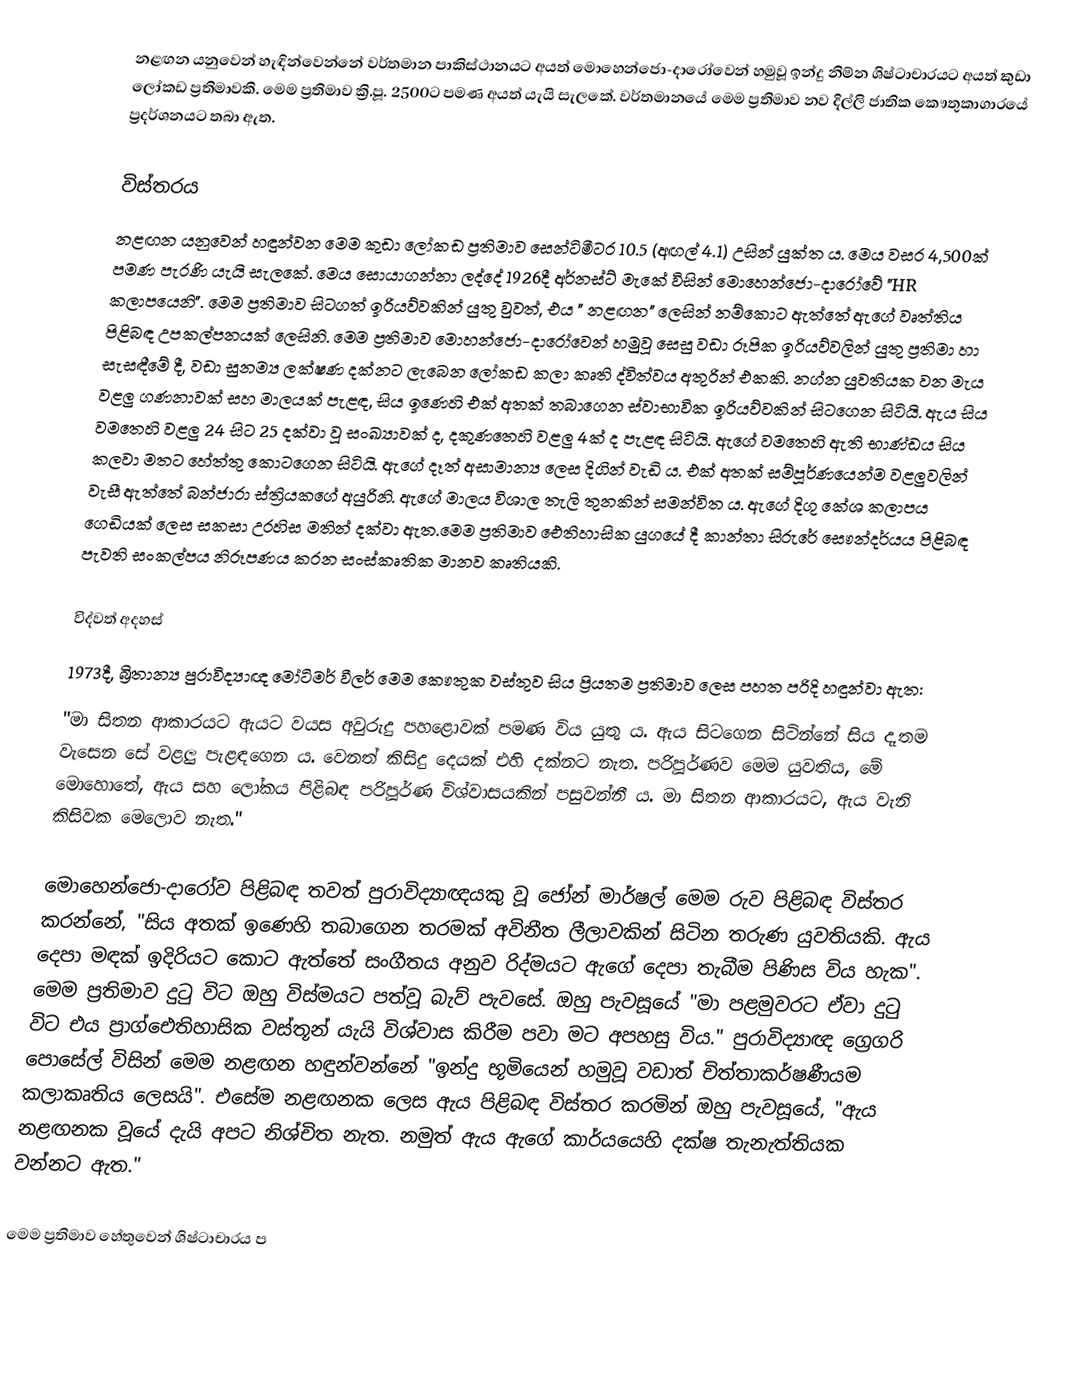
නළඟන යනුවෙන් හැඳින්වෙන්නේ වර්තමාන පාකිස්ථානයට අයත් මොහෙන්ජො-දාරෝවෙන් හමුවූ ඉන්දු නිම්න ශිෂ්ටාචාරයට අයත් ‍කුඩා ලෝකඩ ප්‍රතිමාවකි. මෙම ප්‍රතිමාව ක්‍රි.පූ. 2500ට පමණ අයත් යැයි සැලකේ. වර්තමානයේ මෙම ප්‍රතිමාව නව දිල්ලි ‍ජාතික කෞතුකාගාරයේ ප්‍රදර්ශනයට තබා ඇත.

විස්තරය
නළඟන යනුවෙන් හඳුන්වන මෙම කුඩා ලෝකඩ ප්‍රතිමාව සෙන්ටිමීටර 10.5 (අඟල් 4.1) උසින් යුක්ත ය. මෙය වසර 4,500ක් පමණ පැරණි යැයි සැලකේ. මෙය සොයාගන්නා ලද්දේ 1926දී අර්නස්ට් මැකේ විසින් මොහෙන්ජො-දාරෝවේ "HR කලාපයෙනි". මෙම ප්‍රතිමාව සිටගත් ඉරියව්වකින් යුතු වුවත්, එය " නළඟන" ලෙසින් නම්කොට ඇත්තේ ඇගේ වෘත්තිය පිළිබඳ උපකල්පනයක් ලෙසිනි. මෙම ප්‍රතිමාව මොහන්ජො-දාරෝවෙන් හමුවූ සෙසු වඩා රූපික ඉරියව්වලින් යුතු ප්‍රතිමා හා සැසඳීමේ දී, වඩා සුනම්‍ය ලක්ෂණ දක්නට ලැබෙන ලෝකඩ කලා කෘති ද්විත්වය අතුරින් එකකි. නග්න යුවතියක වන මැය වළලු ගණනාවක් සහ මාලයක් පැළඳ, සිය ඉණෙහි එක් අතක් තබාගෙන ස්වාභාවික ඉරියව්වකින් සිටගෙන සිටියි. ඇය සිය වමතෙහි වළලු 24 සිට 25 දක්වා වූ සංඛ්‍යාවක් ද, දකුණතෙහි වළලු 4ක් ද පැළඳ සිටියි. ඇගේ වමතෙහි ඇති භාණ්ඩය සිය කලවා මතට හේත්තු කොටගෙන සිටියි. ඇගේ දෑත් අසාමාන්‍ය ලෙස දිගින් වැඩි ය. එක් අතක් සම්පූර්ණයෙන්ම වළලුවලින් වැසී ඇත්තේ බන්ජාරා ස්ත්‍රියකගේ අයුරිනි. ඇගේ මාලය විශාල තැලි තුනකින් සමන්විත ය. ඇගේ දිගු කේශ කලාපය ගෙඩියක් ලෙස සකසා උරහිස මතින් දක්වා ඇත.මෙම ප්‍රතිමාව ඓතිහාසික යුගයේ දී කාන්තා සිරුරේ සෞන්දර්යය පිළිබඳ පැවති සංකල්පය නිරූපණය කරන සංස්කෘතික මානව කෘතියකි.

විද්වත් අදහස්
1973දී, බ්‍රිතාන්‍ය පුරාවිද්‍යාඥ මෝටිමර් වීලර් මෙම කෞතුක වස්තුව සිය ප්‍රියතම ප්‍රතිමාව ලෙස පහත පරිදි හඳුන්වා ඇත:
"මා සිතන ආකාරයට ඇයට වයස අවුරුදු පහළොවක් පමණ විය යුතු ය. ඇය සිටගෙන සිටින්නේ සිය දෑතම වැසෙන සේ වළලු පැළඳගෙන ය. වෙනත් කිසිදු දෙයක් එහි දක්නට නැත. පරිපූර්ණව මෙම යුවතිය, මේ මොහොතේ, ඇය සහ ලෝකය පිළිබඳ පරිපූර්ණ විශ්වාසයකින් පසුවන්නී ය. මා සිතන ආකාරයට, ඇය වැනි කිසිවක මෙලොව නැත."

මොහෙන්ජො-දාරෝව පිළිබඳ තවත් පුරාවිද්‍යාඥයකු වූ ජෝන් මාර්ෂල් මෙම රුව පිළිබඳ විස්තර කරන්නේ, "සිය අතක් ඉණෙහි තබාගෙන තරමක් අවිනීත ලීලාවකින් සිටින තරුණ යුවතියකි. ඇය දෙපා මඳක් ඉදිරියට කොට ඇ‍ත්තේ සංගීතය අනුව රිද්මයට ඇගේ දෙපා තැබීම පිණිස විය හැක". මෙම ප්‍රතිමාව දුටු විට ඔහු විස්මයට පත්වූ බැව් පැවසේ. ඔහු පැවසූයේ "මා පළමුවරට ඒවා දුටු විට එය ප්‍රාග්ඓතිහාසික වස්තූන් යැයි විශ්වාස කිරීම පවා මට අපහසු විය."  පුරාවිද්‍යාඥ ග්‍රෙගරි පොසේල් විසින් මෙම නළඟන හඳුන්වන්නේ "ඉන්දු භූමියෙන් හමුවූ වඩාත් චිත්තාකර්ෂණීයම කලාකෘතිය ලෙසයි". එසේම නළඟනක ලෙස ඇය පිළිබඳ විස්තර කරමින් ඔහු පැවසූයේ, "ඇය නළඟනක වූයේ දැයි අපට නිශ්චිත නැත. නමුත් ඇය ඇගේ කාර්යයෙහි දක්ෂ තැනැත්තියක වන්නට ඇත."

මෙම ප්‍රතිමාව හේතුවෙන් ශිෂ්ටාචාරය ප